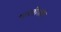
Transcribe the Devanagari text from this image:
भारतीयांवर